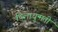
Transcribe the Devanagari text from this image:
थिलाधुन्मती